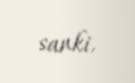
sanki.